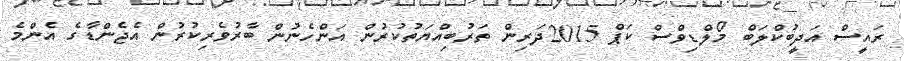
ރައީސް އަދީބުކްލަބް މޯލްޑިވްސް ކަޕް 2015ދަރިން ތަރުބިއްޔަތުކުރުން އަންހެނުން ބާރުވެރިކުރުން އެޖެންޑާގެ އެންމެ